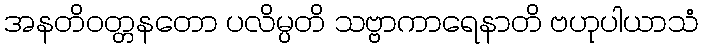
အနတိဝတ္တနတော ပလိမ္ပတိ သဗ္ဗာကာရေနာတိ ဗဟုပါယာသံ